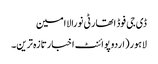
ڈی جی فوڈ اتھارٹی نورالاامین
لاہور(اردوپوائنٹ اخبارتازہ ترین۔